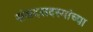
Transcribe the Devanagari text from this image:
संसदसदस्यांच्या